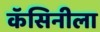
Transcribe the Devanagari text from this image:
कॅसिनीला